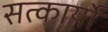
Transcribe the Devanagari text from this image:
सत्कार्यो